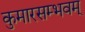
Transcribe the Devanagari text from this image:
कुमारसम्भवम्‌